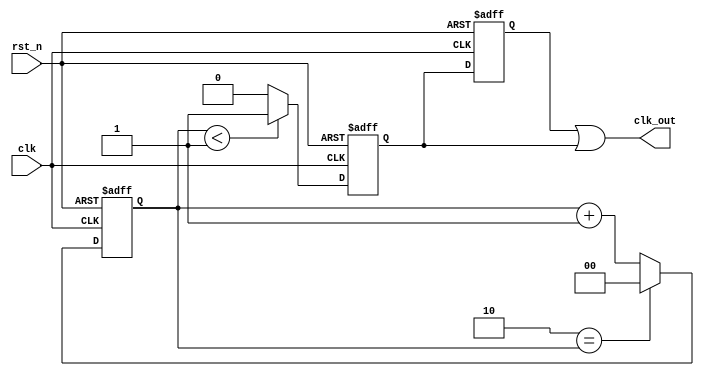
module clk_div #( parameter N = 3)(
    input clk,
    input rst_n,
    output clk_out
);

localparam HALF = N >> 1;
localparam WIDTH = $clog2(N);

reg [WIDTH-1:0] cnt;
reg clk_p,clk_n;

// MOD-N counter
always@(posedge clk or negedge rst_n) begin
    if(!rst_n)
      cnt <= 0;
    else if( (N-1) == cnt )
      cnt <= 1'b0;
    else
      cnt <= cnt+1;
end

// Convert counter to clock
always@(posedge clk or negedge rst_n) begin
    if(!rst_n)
      clk_p <= 1'b0;
    else if( cnt < HALF )
      clk_p <= 1'b1;
    else
      clk_p <= 1'b0;
end

// sample negedge clock
always@(negedge clk or negedge rst_n) begin
    if(!rst_n)
      clk_n <= 1'b0;
    else
      clk_n <= clk_p;
end

assign clk_out = ( 1 == N )? clk : ( 0 == N[0] )? clk_p : clk_n | clk_p;

endmodule